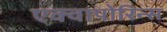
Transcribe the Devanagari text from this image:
एक्वापोरिन्स